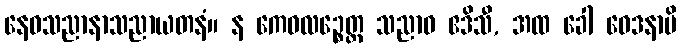
နေဝသညာနာသညာယတနံ။ န ကေဝလဉ္စေတ္ထ သညာဝ ဧဒိသီ, အထ ခေါ ဝေဒနာပိ